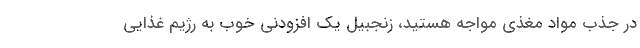
در جذب مواد مغذی مواجه هستید، زنجبیل یک افزودنی خوب به رژیم غذایی